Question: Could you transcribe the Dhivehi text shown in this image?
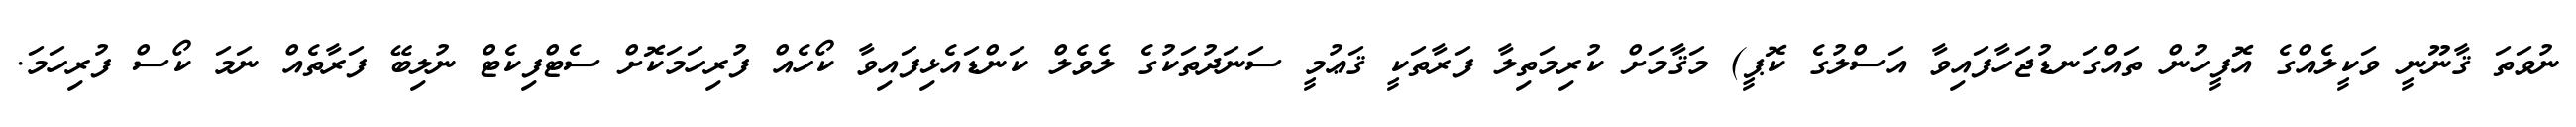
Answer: ނުވަތަ ޤާނޫނީ ވަކީލެއްގެ އޮފީހުން ތައްގަނޑުޖަހާފައިވާ އަސްލުގެ ކޮޕީ) މަޤާމަށް ކުރިމަތިލާ ފަރާތަކީ ޤަޢުމީ ސަނަދުތަކުގެ ލެވެލް ކަންޑައެޅިފައިވާ ކޯހެއް ފުރިހަމަކޮށް ސެޓްފިކެޓް ނުލިބޭ ފަރާތެއް ނަމަ ކޯސް ފުރިހަމަ.